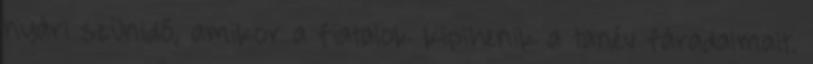
nyári szünidő, amikor a fiatalok kipihenik a tanév fáradalmait.